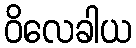
ဝိလေခါယ